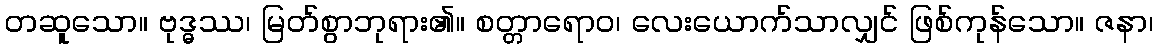
တဆူသော။ ဗုဒ္ဓဿ၊ မြတ်စွာဘုရား၏။ စတ္တာရောဝ၊ လေးယောက်သာလျှင် ဖြစ်ကုန်သော။ ဇနာ၊